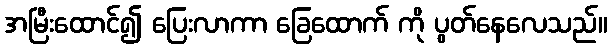
အမြီးထောင်၍ ပြေးလာကာ ခြေထောက် ကို ပွတ်နေလေသည်။